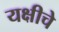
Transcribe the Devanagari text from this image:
यक्षीचे